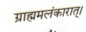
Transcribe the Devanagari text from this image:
ग्राह्ममलंकारात्।